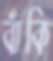
বাঁকি